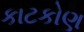
કાટકોણ